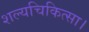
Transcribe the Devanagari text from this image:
शल्यचिकित्सा।